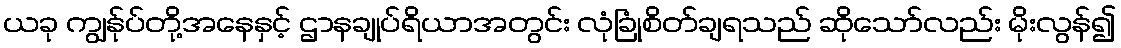
ယခု ကျွန်ုပ်တို့အနေနှင့် ဌာနချုပ်ရိယာအတွင်း လုံခြုံစိတ်ချရသည် ဆိုသော်လည်း မိုးလွန်၍